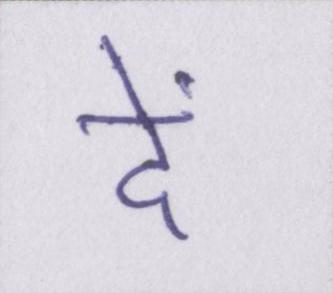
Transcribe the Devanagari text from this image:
दें